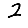
Digit: 2